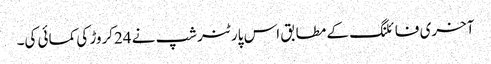
آخری فائلنگ کے مطابق اس پارٹنرشپ نے 24کروڑ کی کمائی کی۔